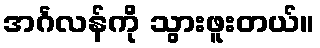
အင်္ဂလန်ကို သွားဖူးတယ်။